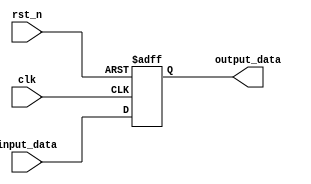
module reset_condition (
    input wire clk,             // Clock signal
    input wire rst_n,           // Asynchronous active-low reset (active when low)
    input wire [3:0] input_data, // Other input signals (4-bit in this case)
    output reg [3:0] output_data // Output signals (4-bit)
);

// Internal state registers
reg [3:0] state;

// Asynchronous reset logic
always @* begin
    if (!rst_n) begin
        // Initialize state upon reset
        state = 4'b0000;        // Set state to initialization value
    end else begin
        state = state; // retain state if not resetting
    end
end

// Synchronous logic for state updates and output handling
always @(posedge clk or negedge rst_n) begin
    if (!rst_n) begin
        output_data <= 4'b0000; // Reset output data
    end else begin
        // Normal operation - populate the output data based on input
        output_data <= input_data; // Example of simply passing input to output
    end
end

endmodule